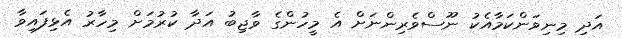
އަދި މިނިވަންކަމާއެކު ނޫސްވެރިންނަށް އެ މީހުންގެ ވާޖިބު އަދާ ކުރުމަށް މިހާރު އެޅިފައިވާ